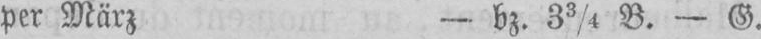
per März - bz. 33/4 B. - G.